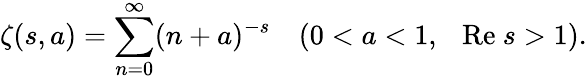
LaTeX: \zeta(s,a)=\sum_{n=0}^{\infty}(n+a)^{-s}~~~~(0<a<1,~~~\mathrm{Re}~s>1).